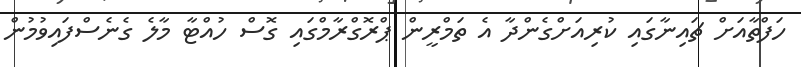
ހަފްތާއަށް ޗައިނާގައި ކުރިއަށްގެންދާ އެ ތަމްރީން ޕްރޮގްރާމްގައި ގޮސް ހުއްޓާ މާލެ ގެނެސްފައިވުމުން